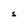
Character: S